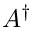
A ^ { \dagger }